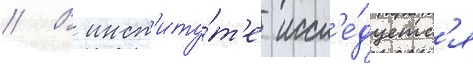
// В инст'иту́т'е иссл'е́дуетс'я